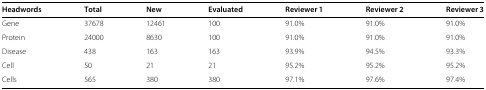
<table><thead><tr><td><b>Headwords</b></td><td><b>Total</b></td><td><b>New</b></td><td><b>Evaluated</b></td><td><b>Reviewer 1</b></td><td><b>Reviewer 2</b></td><td><b>Reviewer 3</b></td></tr></thead><tbody><tr><td>Gene</td><td>37678</td><td>12461</td><td>100</td><td>91.0%</td><td>91.0%</td><td>91.0%</td></tr><tr><td>Protein</td><td>24000</td><td>8630</td><td>100</td><td>91.0%</td><td>91.0%</td><td>91.0%</td></tr><tr><td>Disease</td><td>438</td><td>163</td><td>163</td><td>93.9%</td><td>94.5%</td><td>93.3%</td></tr><tr><td>Cell</td><td>50</td><td>21</td><td>21</td><td>95.2%</td><td>95.2%</td><td>95.2%</td></tr><tr><td>Cells</td><td>565</td><td>380</td><td>380</td><td>97.1%</td><td>97.6%</td><td>97.4%</td></tr></tbody></table>